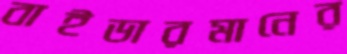
বাইডারমানের